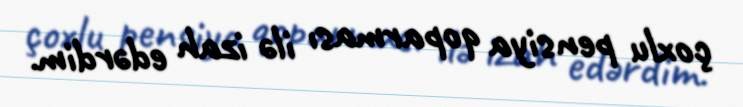
çoxlu pensiya qoparması ilə izah edərdim.